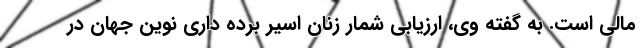
مالی است. به گفته وی، ارزیابی شمار زنان اسیر برده داری نوین جهان در